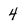
Character: 4